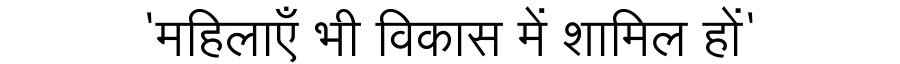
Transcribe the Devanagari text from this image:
'महिलाएँ भी विकास में शामिल हों'